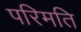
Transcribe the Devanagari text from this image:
परिमति